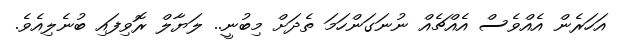
އަހަރެން އެއްވެސް އެއްޗެއް ނުނަގަންހަމަ ތެދަށް މިބުނީ.. ލަޔާލް ރޮވިފައި ބުނެލިއެވެ.